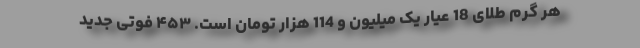
هر گرم طلای 18 عیار یک میلیون و 114 هزار تومان است. ۴۵۳ فوتی جدید